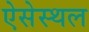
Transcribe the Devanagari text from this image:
ऐसेस्थल